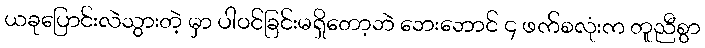
ယခုပြောင်းလဲသွားတဲ့ မှာ ပါဝင်ခြင်းမရှိတော့ဘဲ ဘေးဘောင် ၄ ဖက်စလုံးက တူညီစွာ